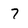
Character: 7